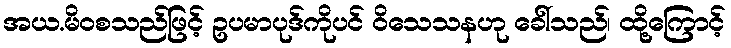
အယ.မိဝစသည်ဖြင့် ဥပမာပုဒ်ကိုပင် ဝိသေသနဟု ခေါ်သည်၊ ထို့ကြောင့်